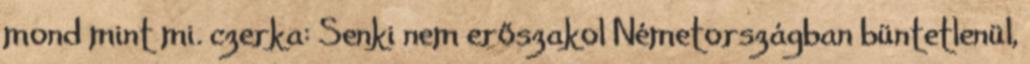
mond mint mi. czerka: Senki nem erőszakol Németországban büntetlenül,